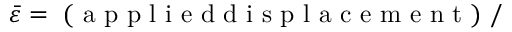
\bar { \varepsilon } = \mathrm { ~ ( ~ a ~ p ~ p ~ l ~ i ~ e ~ d ~ d ~ i ~ s ~ p ~ l ~ a ~ c ~ e ~ m ~ e ~ n ~ t ~ ) ~ } /